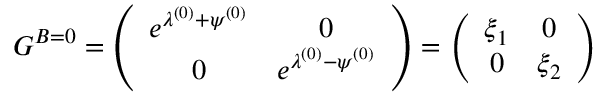
G ^ { B = 0 } = \left( \begin{array} { c c } { { e ^ { \lambda ^ { ( 0 ) } + \psi ^ { ( 0 ) } } } } & { { 0 } } \\ { { 0 } } & { { e ^ { \lambda ^ { ( 0 ) } - \psi ^ { ( 0 ) } } } } \end{array} \right) = \left( \begin{array} { c c } { { \xi _ { 1 } } } & { { 0 } } \\ { { 0 } } & { { \xi _ { 2 } } } \end{array} \right)